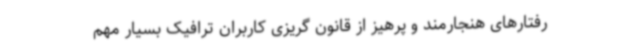
رفتارهای هنجارمند و پرهیز از قانون گریزی کاربران ترافیک بسیار مهم